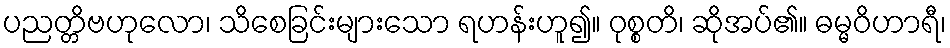
ပညတ္တိဗဟုလော၊ သိစေခြင်းများသော ရဟန်းဟူ၍။ ဝုစ္စတိ၊ ဆိုအပ်၏။ ဓမ္မဝိဟာရီ၊